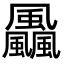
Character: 飍